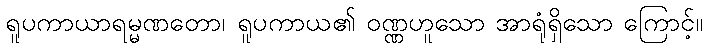
ရူပကာယာရမ္မဏတော၊ ရူပကာယ၏ ဝဏ္ဏဟူသော အာရုံရှိသော ကြောင့်။